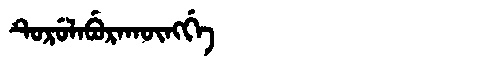
Manchu: ᡨᡠᡵᡠᠯᠠᠪᡠᡵᠠᡴᡡᠩᡤᡝ
Romanization: TURULABURAKŪNGGE